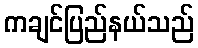
ကချင်ပြည်နယ်သည်